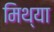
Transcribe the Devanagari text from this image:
मिथ्‍या